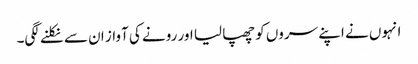
انہوں نے اپنے سروں کو چھپا لیا اور رونے کی آواز ان سے نکلنے لگی۔